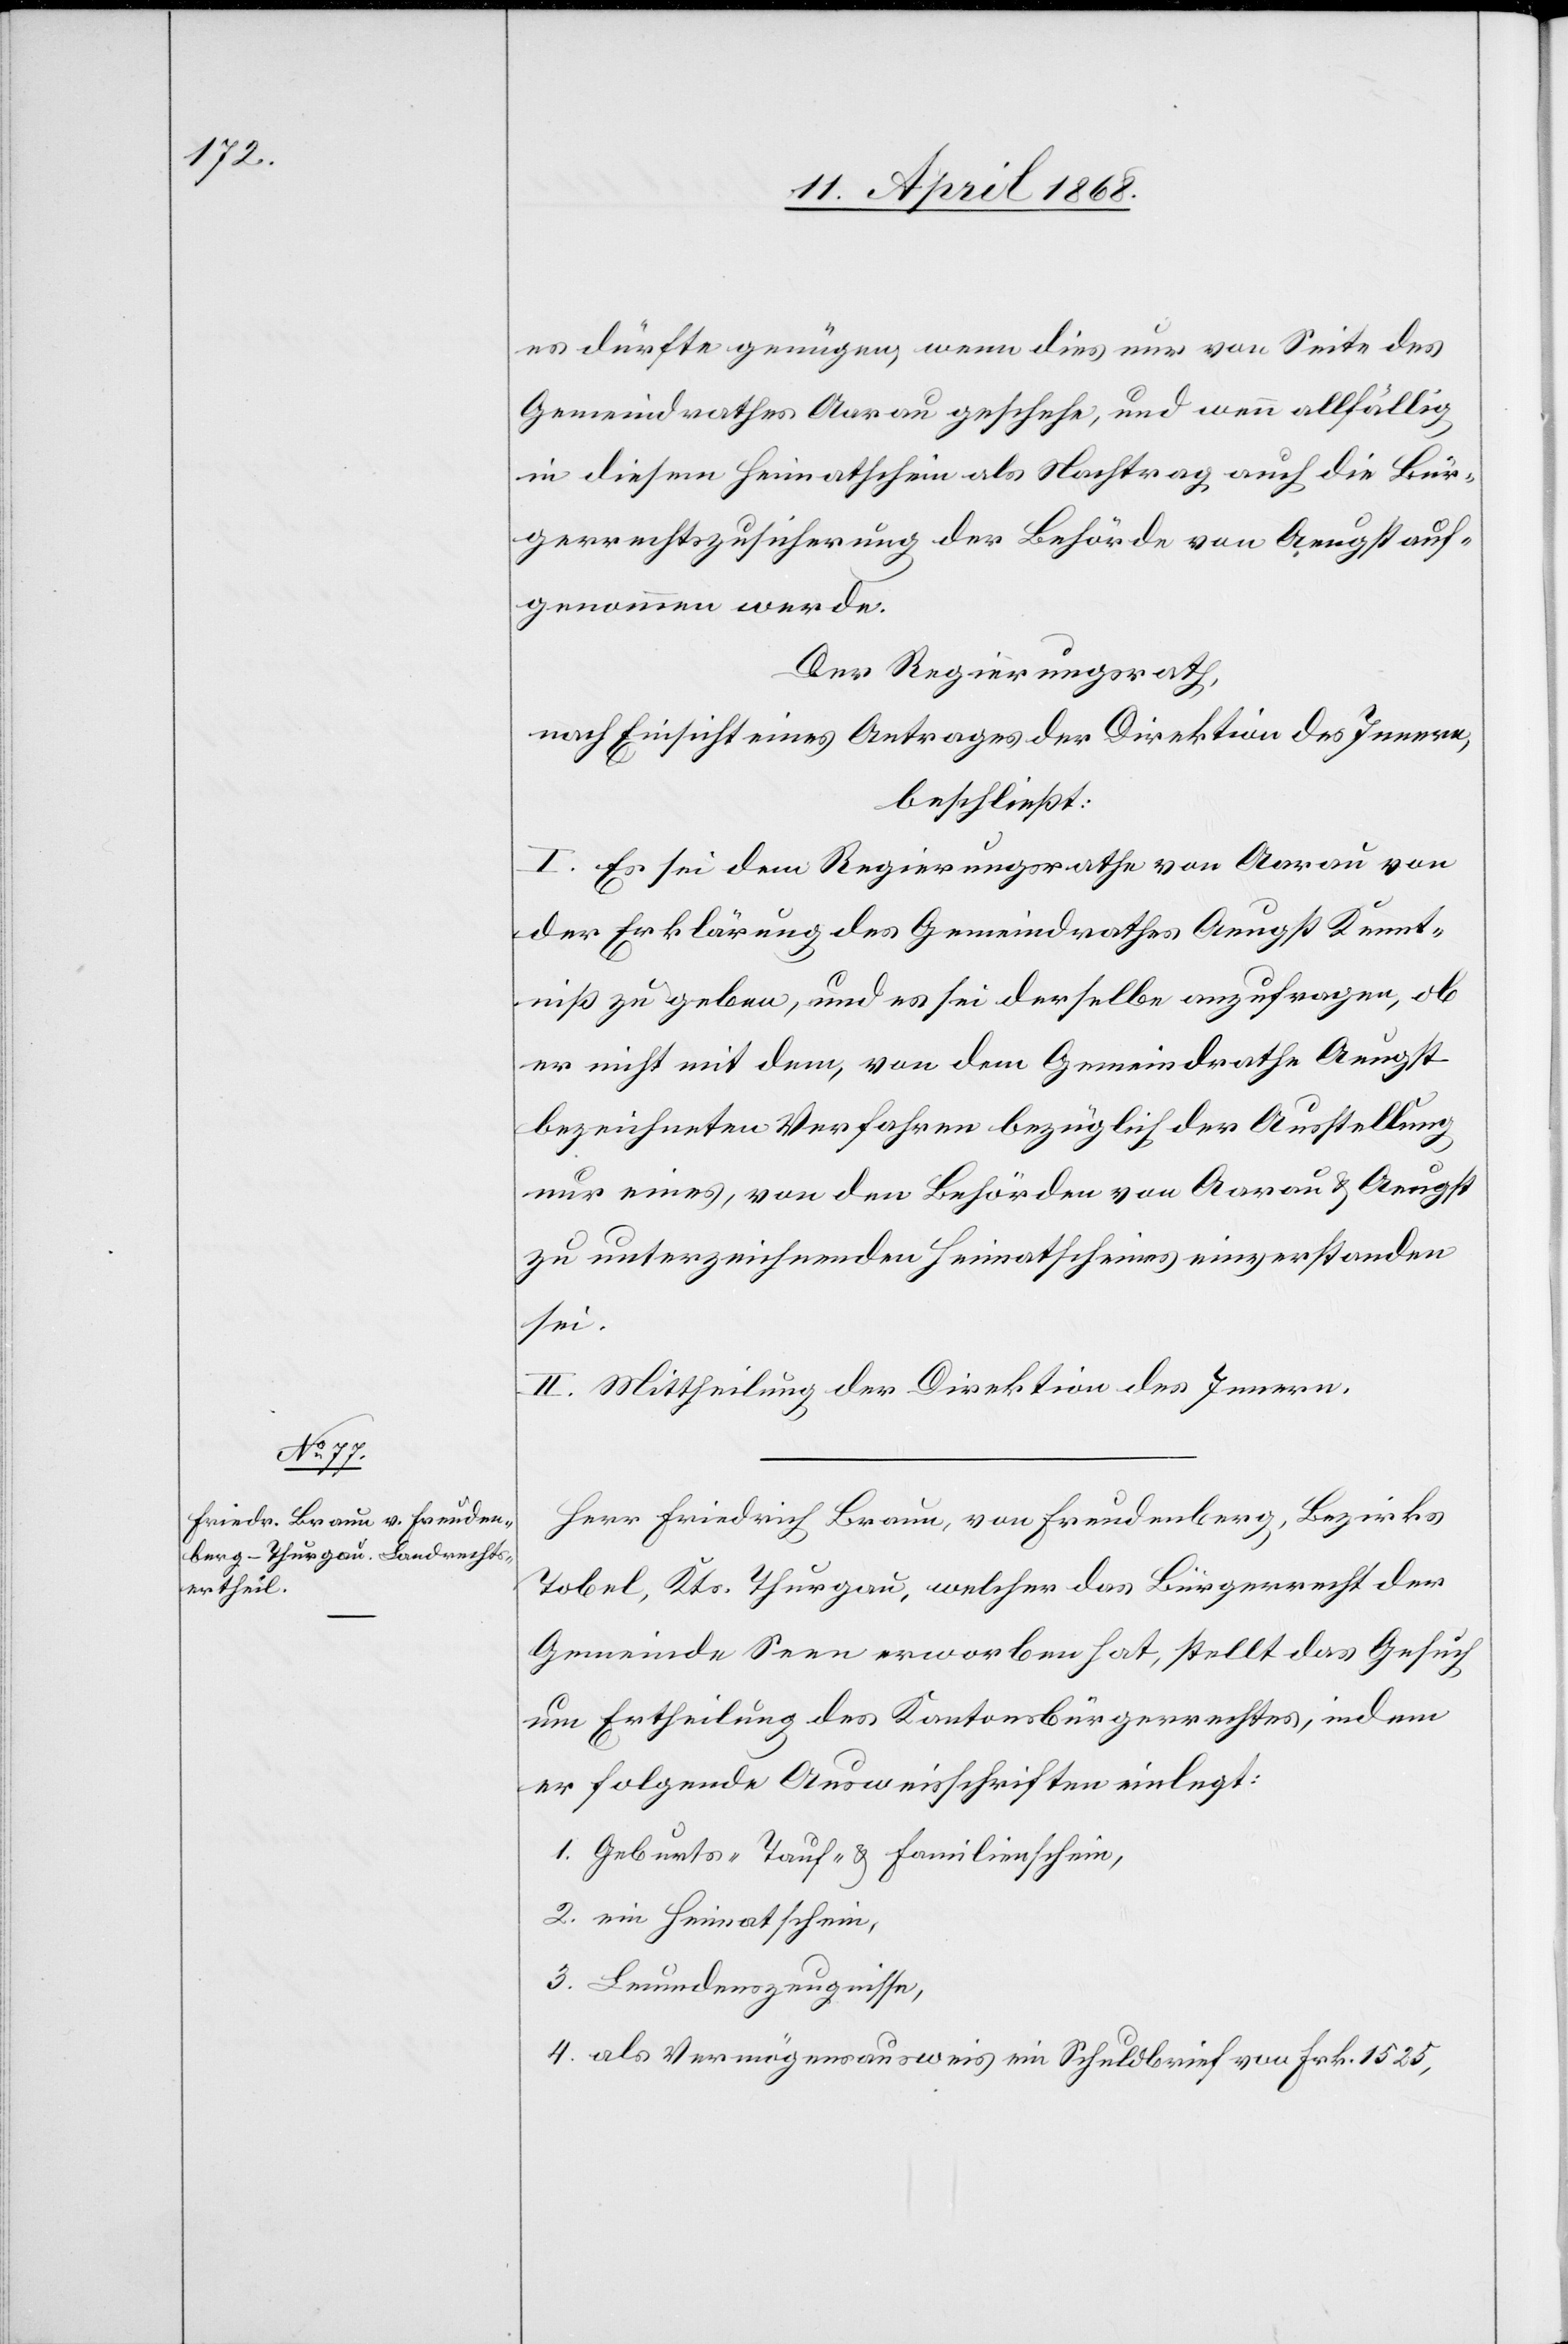
es dürfte genügen, wenn dies nur von Seite des
Gemeindrathes Aarau geschehe, und wenn allfällig
in diesem Heimatschein als Nachtrag auch die Bür¬
gerrechtszusicherung der Behörde von Aeugst auf¬
genommen werde.
Der Regierungsrath,
nach Einsicht eines Antrages der Direktion des Innern,
beschließt:
I. Es sei dem Regierungsrathe von Aar[g]au von
der Erklärung des Gemeindrathes Aeugst Kennt¬
niß zu geben, und es sei derselbe anzufragen, ob
er nicht mit dem, von dem Gemeindrathe Aeugst
bezeichneten Verfahren bezüglich der Ausstellung
nur eines, von den Behörden von Aarau & Aeugst
zu unterzeichnenden Heimatscheines einverstanden
sei.
II. Mittheilung der Direktion des Innern.
Herr Friedrich Braun, von Freudenberg, Bezirks
Tobel, Kts. Thurgau, welcher das Bürgerrecht der
Gemeinde Seen erworben hat, stellt das Gesuch
um Ertheilung des Kantonsbürgerrechtes, indem
er folgende Ausweisschriften einlegt:
1. Geburts-[,] Tauf- & Familienschein,
2. ein Heimatschein,
3. Leumdenszeugnisse,
4. als Vermögensausweis ein Schuldbrief von Frk. 1525,